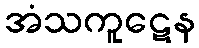
အံသကူဋေန